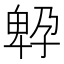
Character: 𡦆